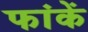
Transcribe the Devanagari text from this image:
फांकें